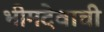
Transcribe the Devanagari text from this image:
भीमदेवाची